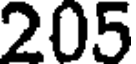
205